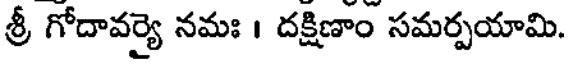
శ్రీ గోదావర్యై నమః । దక్షిణాం సమర్పయామి.